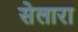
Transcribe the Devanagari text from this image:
सेलारा